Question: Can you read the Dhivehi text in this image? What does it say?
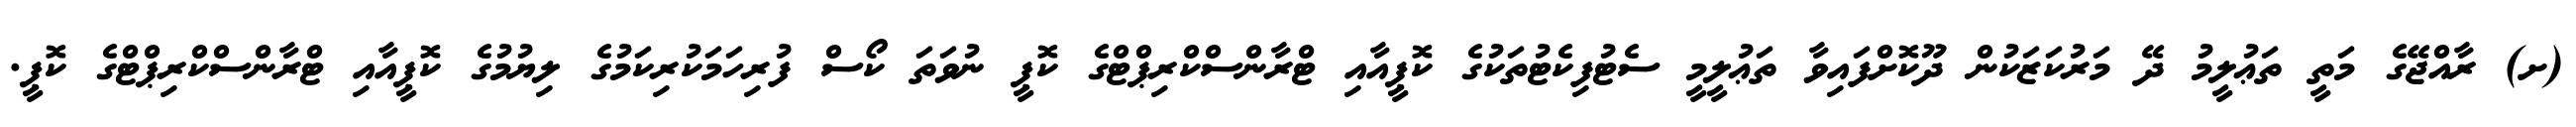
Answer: (ށ) ރާއްޖޭގެ މަތީ ތަޢުލީމު ދޭ މަރުކަޒަކުން ދޫކޮށްފައިވާ ތަޢުލީމީ ސެޓުފިކެޓުތަކުގެ ކޮޕީއާއި ޓްރާންސްކްރިޕްޓްގެ ކޮޕީ ނުވަތަ ކޯސް ފުރިހަމަކުރިކަމުގެ ލިޔުމުގެ ކޮޕީއާއި ޓްރާންސްކްރިޕްޓްގެ ކޮޕީ.